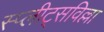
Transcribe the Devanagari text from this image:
स्प्लीट्सविल्ला